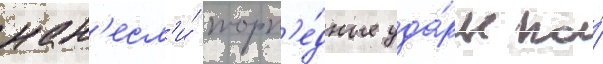
нан'есл'и́ торп'е́дные уда́ры по́